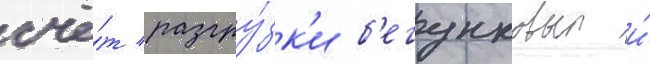
счё́т разгру́зк'и б'егунковых и́